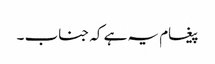
پیغام یہ ہے کہ جناب ۔